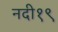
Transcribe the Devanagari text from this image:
नदी१९